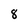
Character: 8